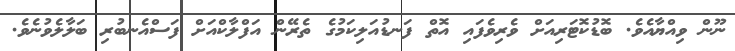
ނޫން ވިއްޔާއެވެ. ބޮޑުކޮޓަރިއަށް ވެރިވެފައި އޮތް ފަނޑުއަލިކަމުގެ ތެރޭން އަފްލާކްއަށް ފަސްއެނބުރި ބަލާލެވުނެވެ.